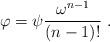
LaTeX: \begin{align*} \varphi=\psi \frac{\omega^{n-1}}{(n-1)!}\ .\end{align*}